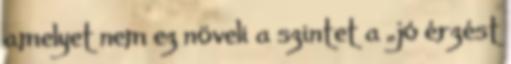
amelyet nem ez növeli a szintet a „jó érzést